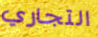
التجاري